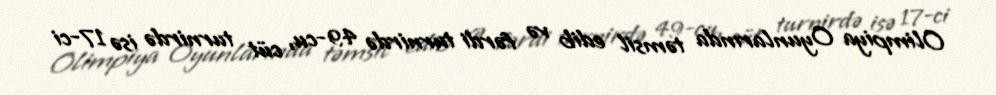
Olimpiya Oyunlarında təmsil edib və fərdi turnirdə 49-cu, cüt turnirdə isə 17-ci